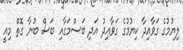
ލިޔުމުގެ ގަވާއިދާ ކިޔުމުގެ ގަވާއިދު އަދި ބަސްމަގާއި ބަސް ބުނާ ގޮތް މިއީ